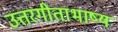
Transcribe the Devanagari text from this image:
उत्तरगीताभाष्य